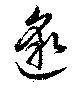
邈